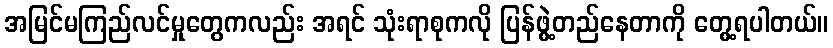
အမြင်မကြည်လင်မှုတွေကလည်း အရင် သုံးရာစုကလို ပြန်ဖွဲ့တည်နေတာကို တွေ့ရပါတယ်။